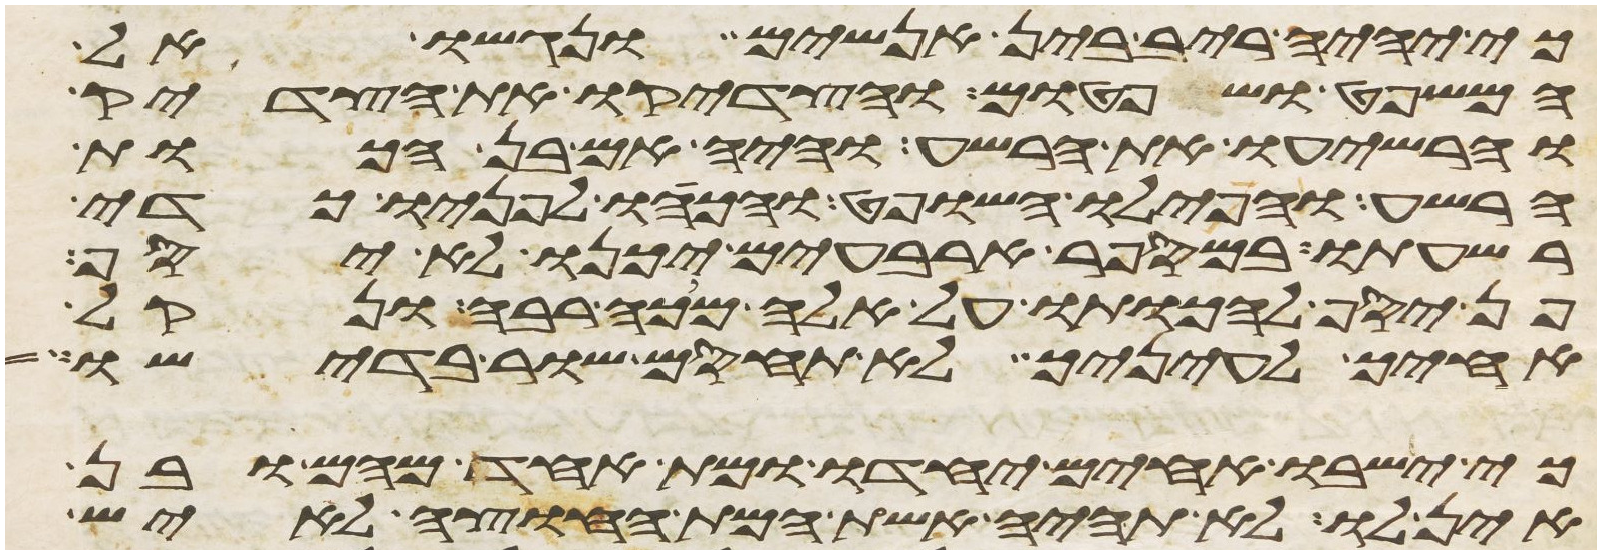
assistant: כי יהיה ריב בין אנשים ונגשו אל
המשפט ושפטום והצדיקו את הצדיק
והרשיעו את הרשע והיה אם בן הכות
הרשע והפילו השופט והכהו לפניו כדי
רשעתו במספר ארבעים יכנו לא יסף
פן יסף להכותו על אלה מכה רבה ונקל
אחיך לעיניך לא תחסם שור בדישו
כי ישבו אחים יחדו ומת אחד מהם ובן
אין לו לא תהיה אשת המת החוצה לאיש